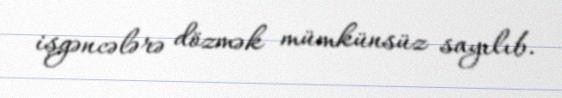
işgəncələrə dözmək mümkünsüz sayılıb.